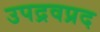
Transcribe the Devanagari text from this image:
उपद्रवप्रद